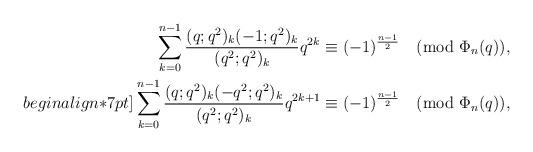
LaTeX: \begin{align*}\sum_{k=0}^{n-1}\frac{(q;q^2)_k (-1;q^2)_k}{(q^2;q^2)_k}q^{2k}&\equiv (-1)^{\frac{n-1}{2}} \pmod{\Phi_{n}(q)},\\begin{align*}7pt]\sum_{k=0}^{n-1}\frac{(q;q^2)_k (-q^2;q^2)_k}{(q^2;q^2)_k}q^{2k+1}&\equiv (-1)^{\frac{n-1}{2}} \pmod{\Phi_{n}(q)},\end{align*}